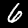
Label: 6